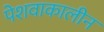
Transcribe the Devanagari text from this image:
पेशवाकालीन